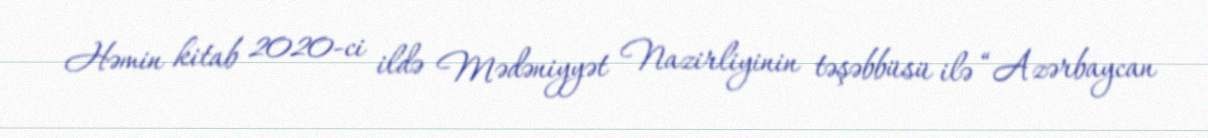
Həmin kitab 2020-ci ildə Mədəniyyət Nazirliyinin təşəbbüsü ilə “Azərbaycan